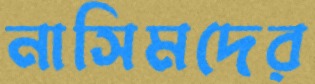
নাসিমদের